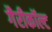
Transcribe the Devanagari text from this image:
गैरीकॉल्ट